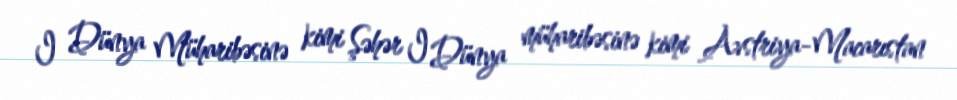
I Dünya Müharibəsinə kimi Şəhər I Dünya müharibəsinə kimi Avstriya-Macarıstan